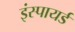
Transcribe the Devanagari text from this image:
इंस्पायर्ड